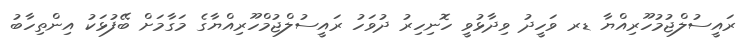
ރައީސުލްޖުމުހޫރިއްޔާ ޑރ ވަހީދު ވިދާޅުވީ ހޮނިހިރު ދުވަހު ރައީސުލްޖުމްހޫރިއްޔާގެ މަގާމަށް ބޭފުޅަކު އިންތިހާބު